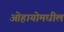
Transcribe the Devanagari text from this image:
ओहायोमधील